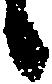
候